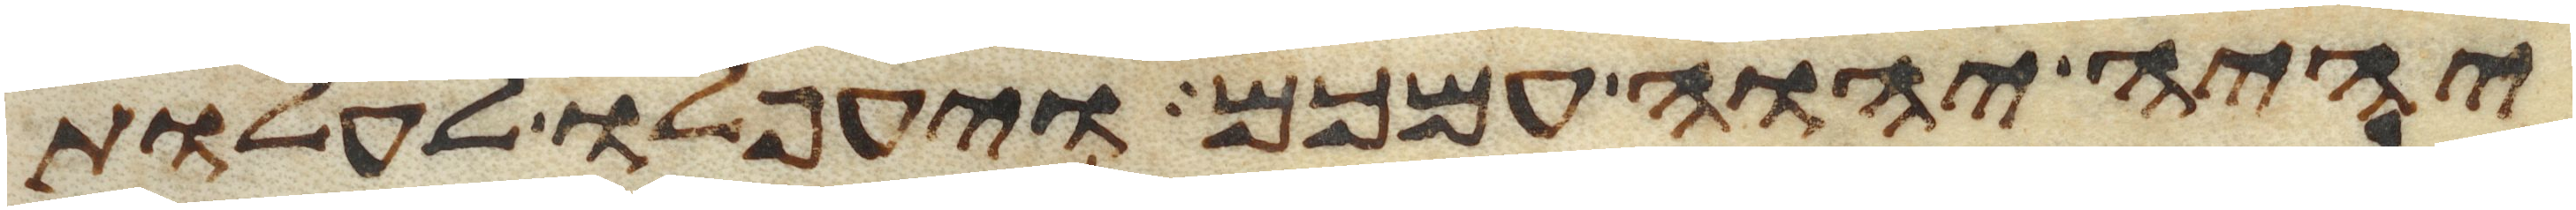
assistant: יהיה יהוה עמכם ויעפלו לעלות